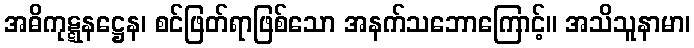
အဓိကုဋ္ဋနဋ္ဌေန၊ စင်ဖြတ်ရာဖြစ်သော အနက်သဘောကြောင့်။ အသိသူနာမာ၊